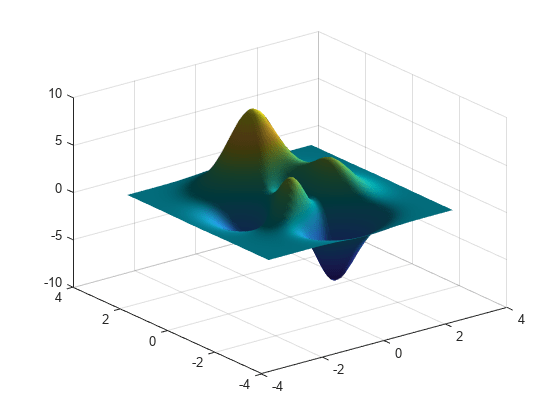
matlab, surf, material